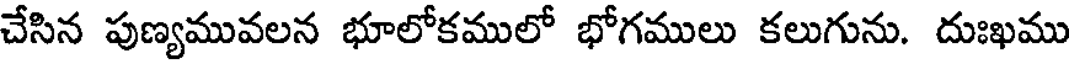
చేసిన పుణ్యమువలన భూలోకములో భోగములు కలుగును. దుఃఖము